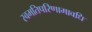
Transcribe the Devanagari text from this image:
स्वमतिपरिणामावधि